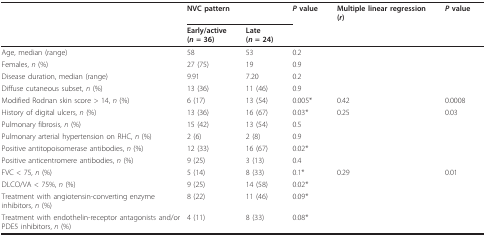
<table><thead><tr><td></td><td colspan="2"><b>NVC pattern</b></td><td><b><i>P </i>value</b></td><td><b>Multiple linear regression(<i>r</i>)</b></td><td><b><i>P </i>value</b></td></tr><tr><td></td><td><b>Early/active(<i>n </i>= 36)</b></td><td><b>Late(<i>n </i>= 24)</b></td><td></td><td></td><td></td></tr></thead><tbody><tr><td>Age, median (range)</td><td>58</td><td>53</td><td>0.2</td><td></td><td></td></tr><tr><td>Females, <i>n </i>(%)</td><td>27 (75)</td><td>19</td><td>0.9</td><td></td><td></td></tr><tr><td>Disease duration, median (range)</td><td>9.91</td><td>7.20</td><td>0.2</td><td></td><td></td></tr><tr><td>Diffuse cutaneous subset, <i>n </i>(%)</td><td>13 (36)</td><td>11 (46)</td><td>0.9</td><td></td><td></td></tr><tr><td>Modified Rodnan skin score &gt; 14, <i>n </i>(%)</td><td>6 (17)</td><td>13 (54)</td><td>0.005*</td><td>0.42</td><td>0.0008</td></tr><tr><td>History of digital ulcers, <i>n </i>(%)</td><td>13 (36)</td><td>16 (67)</td><td>0.03*</td><td>0.25</td><td>0.03</td></tr><tr><td>Pulmonary fibrosis, <i>n </i>(%)</td><td>15 (42)</td><td>13 (54)</td><td>0.5</td><td></td><td></td></tr><tr><td>Pulmonary arterial hypertension on RHC, <i>n </i>(%)</td><td>2 (6)</td><td>2 (8)</td><td>0.9</td><td></td><td></td></tr><tr><td>Positive antitopoisomerase antibodies, <i>n </i>(%)</td><td>12 (33)</td><td>16 (67)</td><td>0.02*</td><td></td><td></td></tr><tr><td>Positive anticentromere antibodies, <i>n </i>(%)</td><td>9 (25)</td><td>3 (13)</td><td>0.4</td><td></td><td></td></tr><tr><td>FVC &lt; 75, <i>n </i>(%)</td><td>5 (14)</td><td>8 (33)</td><td>0.1*</td><td>0.29</td><td>0.01</td></tr><tr><td>DLCO/VA &lt; 75%, <i>n </i>(%)</td><td>9 (25)</td><td>14 (58)</td><td>0.02*</td><td></td><td></td></tr><tr><td>Treatment with angiotensin-converting enzyme inhibitors, <i>n </i>(%)</td><td>8 (22)</td><td>11 (46)</td><td>0.09*</td><td></td><td></td></tr><tr><td>Treatment with endothelin-receptor antagonists and/or PDE5 inhibitors, <i>n </i>(%)</td><td>4 (11)</td><td>8 (33)</td><td>0.08*</td><td></td><td></td></tr></tbody></table>